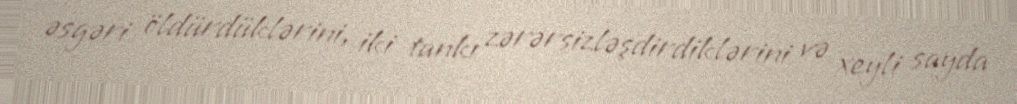
əsgəri öldürdüklərini, iki tankı zərərsizləşdirdiklərini və xeyli sayda